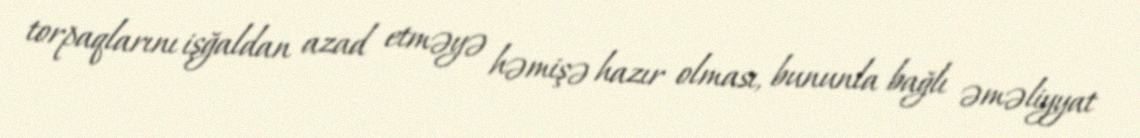
torpaqlarını işğaldan azad etməyə həmişə hazır olması, bununla bağlı əməliyyat